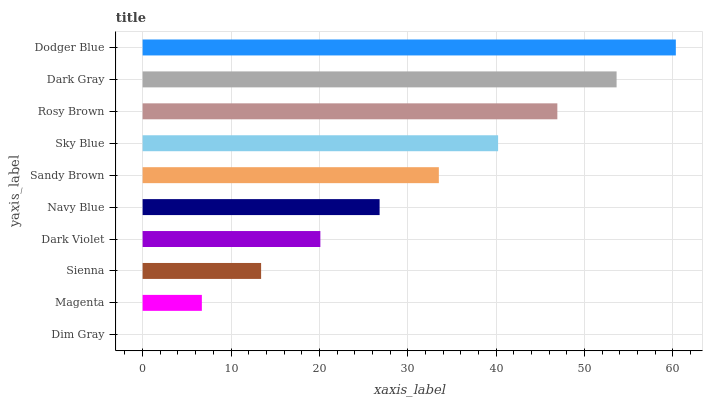
| yaxis_label | bars |
 | --- | --- |
 | Dim Gray | 0 |
 | Magenta | 6.7 |
 | Sienna | 13.4 |
 | Dark Violet | 20.1 |
 | Navy Blue | 26.8 |
 | Sandy Brown | 33.5 |
 | Sky Blue | 40.2 |
 | Rosy Brown | 46.9 |
 | Dark Gray | 53.6 |
 | Dodger Blue | 60.3 |